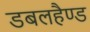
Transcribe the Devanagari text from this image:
डबलहैण्ड